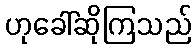
ဟုခေါ်ဆိုကြသည်